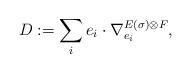
LaTeX: \begin{align*}D := \sum_i e_i \cdot \nabla^{E(\sigma) \otimes F}_{e_i},\end{align*}